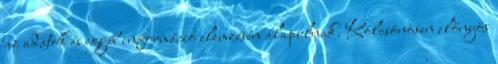
az adatok és egyéb információ elemzésén alapulnak. Kölcsönösen előnyös